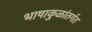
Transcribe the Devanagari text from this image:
भाषाकुळांतर्गत